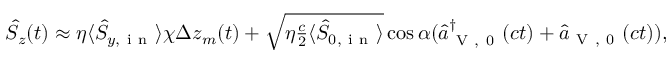
\begin{array} { r } { \hat { S } _ { z } ( t ) \approx \eta \langle \hat { S } _ { y , \mathrm { ~ i ~ n ~ } } \rangle \chi \Delta z _ { m } ( t ) + \sqrt { \eta \frac { c } { 2 } \langle \hat { S } _ { 0 , \mathrm { ~ i ~ n ~ } } \rangle } \cos \alpha ( \hat { a } _ { \mathrm { ~ V ~ , ~ 0 ~ } } ^ { \dagger } ( c t ) + \hat { a } _ { \mathrm { ~ V ~ , ~ 0 ~ } } ( c t ) ) , } \end{array}